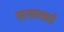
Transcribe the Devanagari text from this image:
ससत्त्वां